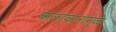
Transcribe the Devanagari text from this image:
कलाकारामुळे